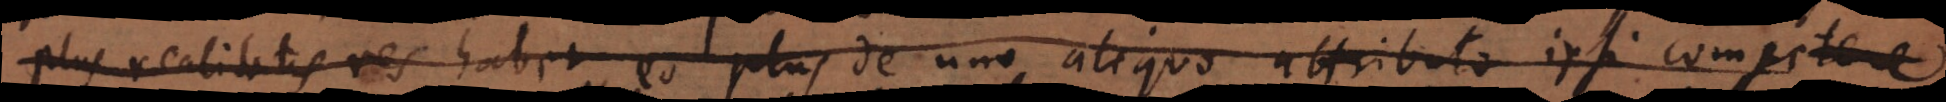
plus realitatis res habet, eo plus de uno aliquo attributo ipsi competere